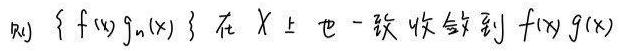
则 $\{ f(x)g_n(x) \}$ 在 $X$ 上也一致收敛到 $f(x)g(x)$